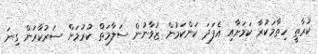
ކުރާތީ ހިތާމަކުރާ ކަމަށާއި އެފަދަ ކަންކަމުން ޒުވާނުން ސަލާމަތް ކުރުމަށް ސަރުކާރުން ގިނަ